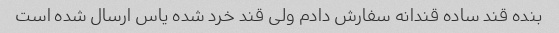
بنده قند ساده قندانه سفارش دادم ولی قند خرد شده یاس ارسال شده است